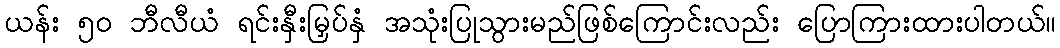
ယန်း ၅၀ ဘီလီယံ ရင်းနှီးမြှပ်နှံ အသုံးပြုသွားမည်ဖြစ်ကြောင်းလည်း ပြောကြားထားပါတယ်။